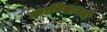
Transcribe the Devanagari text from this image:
कापिशायनी